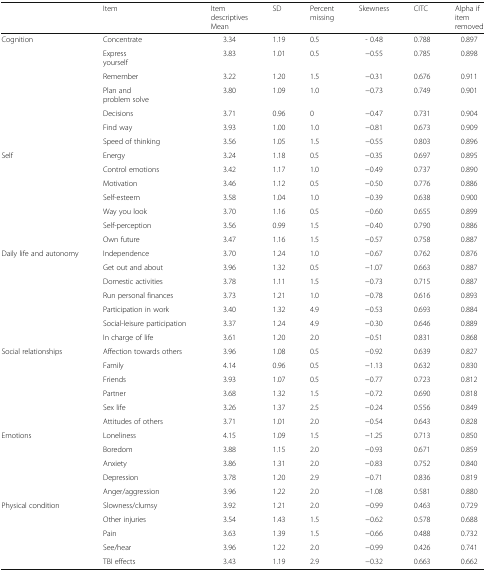
<table><thead><tr><td></td><td><b>Item</b></td><td><b>Item descriptivesMean</b></td><td><b>SD</b></td><td><b>Percent missing</b></td><td><b>Skewness</b></td><td><b>CITC</b></td><td><b>Alpha if item removed</b></td></tr></thead><tbody><tr><td rowspan="7">Cognition</td><td>Concentrate</td><td>3.34</td><td>1.19</td><td>0.5</td><td>- 0.48</td><td>0.788</td><td>0.897</td></tr><tr><td>Express yourself</td><td>3.83</td><td>1.01</td><td>0.5</td><td>−0.55</td><td>0.785</td><td>0.898</td></tr><tr><td>Remember</td><td>3.22</td><td>1.20</td><td>1.5</td><td>−0.31</td><td>0.676</td><td>0.911</td></tr><tr><td>Plan and problem solve</td><td>3.80</td><td>1.09</td><td>1.0</td><td>−0.73</td><td>0.749</td><td>0.901</td></tr><tr><td>Decisions</td><td>3.71</td><td>0.96</td><td>0</td><td>−0.47</td><td>0.731</td><td>0.904</td></tr><tr><td>Find way</td><td>3.93</td><td>1.00</td><td>1.0</td><td>−0.81</td><td>0.673</td><td>0.909</td></tr><tr><td>Speed of thinking</td><td>3.56</td><td>1.05</td><td>1.5</td><td>−0.55</td><td>0.803</td><td>0.896</td></tr><tr><td rowspan="7">Self</td><td>Energy</td><td>3.24</td><td>1.18</td><td>0.5</td><td>−0.35</td><td>0.697</td><td>0.895</td></tr><tr><td>Control emotions</td><td>3.42</td><td>1.17</td><td>1.0</td><td>−0.49</td><td>0.737</td><td>0.890</td></tr><tr><td>Motivation</td><td>3.46</td><td>1.12</td><td>0.5</td><td>−0.50</td><td>0.776</td><td>0.886</td></tr><tr><td>Self-esteem</td><td>3.58</td><td>1.04</td><td>1.0</td><td>−0.39</td><td>0.638</td><td>0.900</td></tr><tr><td>Way you look</td><td>3.70</td><td>1.16</td><td>0.5</td><td>−0.60</td><td>0.655</td><td>0.899</td></tr><tr><td>Self-perception</td><td>3.56</td><td>0.99</td><td>1.5</td><td>−0.40</td><td>0.790</td><td>0.886</td></tr><tr><td>Own future</td><td>3.47</td><td>1.16</td><td>1.5</td><td>−0.57</td><td>0.758</td><td>0.887</td></tr><tr><td rowspan="7">Daily life and autonomy</td><td>Independence</td><td>3.70</td><td>1.24</td><td>1.0</td><td>−0.67</td><td>0.762</td><td>0.876</td></tr><tr><td>Get out and about</td><td>3.96</td><td>1.32</td><td>0.5</td><td>−1.07</td><td>0.663</td><td>0.887</td></tr><tr><td>Domestic activities</td><td>3.78</td><td>1.11</td><td>1.5</td><td>−0.73</td><td>0.715</td><td>0.887</td></tr><tr><td>Run personal finances</td><td>3.73</td><td>1.21</td><td>1.0</td><td>−0.78</td><td>0.616</td><td>0.893</td></tr><tr><td>Participation in work</td><td>3.40</td><td>1.32</td><td>4.9</td><td>−0.53</td><td>0.693</td><td>0.884</td></tr><tr><td>Social-leisure participation</td><td>3.37</td><td>1.24</td><td>4.9</td><td>−0.30</td><td>0.646</td><td>0.889</td></tr><tr><td>In charge of life</td><td>3.61</td><td>1.20</td><td>2.0</td><td>−0.51</td><td>0.831</td><td>0.868</td></tr><tr><td rowspan="6">Social relationships</td><td>Affection towards others</td><td>3.96</td><td>1.08</td><td>0.5</td><td>−0.92</td><td>0.639</td><td>0.827</td></tr><tr><td>Family</td><td>4.14</td><td>0.96</td><td>0.5</td><td>−1.13</td><td>0.632</td><td>0.830</td></tr><tr><td>Friends</td><td>3.93</td><td>1.07</td><td>0.5</td><td>−0.77</td><td>0.723</td><td>0.812</td></tr><tr><td>Partner</td><td>3.68</td><td>1.32</td><td>1.5</td><td>−0.72</td><td>0.690</td><td>0.818</td></tr><tr><td>Sex life</td><td>3.26</td><td>1.37</td><td>2.5</td><td>−0.24</td><td>0.556</td><td>0.849</td></tr><tr><td>Attitudes of others</td><td>3.71</td><td>1.01</td><td>2.0</td><td>−0.54</td><td>0.643</td><td>0.828</td></tr><tr><td rowspan="5">Emotions</td><td>Loneliness</td><td>4.15</td><td>1.09</td><td>1.5</td><td>−1.25</td><td>0.713</td><td>0.850</td></tr><tr><td>Boredom</td><td>3.88</td><td>1.15</td><td>2.0</td><td>−0.93</td><td>0.671</td><td>0.859</td></tr><tr><td>Anxiety</td><td>3.86</td><td>1.31</td><td>2.0</td><td>−0.83</td><td>0.752</td><td>0.840</td></tr><tr><td>Depression</td><td>3.78</td><td>1.20</td><td>2.9</td><td>−0.71</td><td>0.836</td><td>0.819</td></tr><tr><td>Anger/aggression</td><td>3.96</td><td>1.22</td><td>2.0</td><td>−1.08</td><td>0.581</td><td>0.880</td></tr><tr><td rowspan="5">Physical condition</td><td>Slowness/clumsy</td><td>3.92</td><td>1.21</td><td>2.0</td><td>−0.99</td><td>0.463</td><td>0.729</td></tr><tr><td>Other injuries</td><td>3.54</td><td>1.43</td><td>1.5</td><td>−0.62</td><td>0.578</td><td>0.688</td></tr><tr><td>Pain</td><td>3.63</td><td>1.39</td><td>1.5</td><td>−0.66</td><td>0.488</td><td>0.732</td></tr><tr><td>See/hear</td><td>3.96</td><td>1.22</td><td>2.0</td><td>−0.99</td><td>0.426</td><td>0.741</td></tr><tr><td>TBI effects</td><td>3.43</td><td>1.19</td><td>2.9</td><td>−0.32</td><td>0.663</td><td>0.662</td></tr></tbody></table>